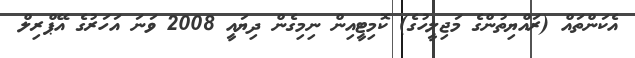
އެކަންތައް (ރައްޔިތުންގެ މަޖިލީހުގެ) ކޮމިޓީއިން ނިމިގެން ދިޔައީ 2008 ވަނަ އަހަރުގެ އޭޕްރިލް